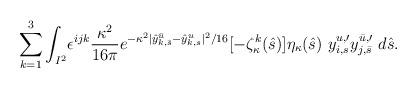
LaTeX: \begin{align*}\sum_{k=1}^3\int_{I^2}& \epsilon^{ijk}\frac{\kappa^2}{16\pi}e^{-\kappa^2|\hat{y}_{k,\bar{s}}^{\bar{u}} - \hat{y}_{k,s}^{u}|^2/16} [-\zeta_{\kappa}^k(\hat{s})]\eta_\kappa(\hat{s})\ y_{i,s}^{u,\prime}y_{j,\bar{s}}^{\bar{u},\prime}\ d\hat{s} . \end{align*}